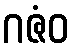
ဂဇံဝ